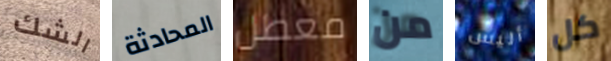
الشك المحادثة معطل من أليس كل